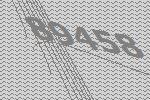
89458